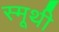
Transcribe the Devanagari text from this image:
स्मूथी